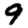
Digit: 9